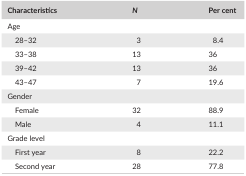
<table><thead><tr><td><b>Characteristics</b></td><td><b><i>N</i></b></td><td><b>Per cent</b></td></tr></thead><tbody><tr><td colspan="3">Age</td></tr><tr><td>28–32</td><td>3</td><td>8.4</td></tr><tr><td>33–38</td><td>13</td><td>36</td></tr><tr><td>39–42</td><td>13</td><td>36</td></tr><tr><td>43–47</td><td>7</td><td>19.6</td></tr><tr><td colspan="3">Gender</td></tr><tr><td>Female</td><td>32</td><td>88.9</td></tr><tr><td>Male</td><td>4</td><td>11.1</td></tr><tr><td colspan="3">Grade level</td></tr><tr><td>First year</td><td>8</td><td>22.2</td></tr><tr><td>Second year</td><td>28</td><td>77.8</td></tr></tbody></table>